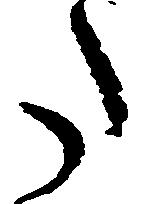
た